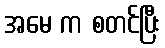
အမေ က စတင်ပြီး